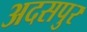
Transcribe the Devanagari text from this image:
अदसपुर